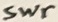
Text: Swr